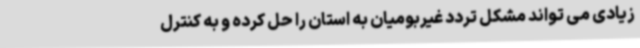
زیادی می تواند مشکل تردد غیربومیان به استان را حل کرده و به کنترل